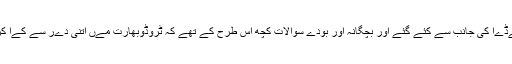
بھارت مےڈےا کی جانب سے کئے گئے اور بچگانہ اور بودے سوالات کچھ اس طرح کے تھے کہ ٹروڈوبھارت مےں اتنی دےر سے کےا کر رہا ہے؟